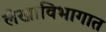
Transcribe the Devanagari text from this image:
लेखाविभागात